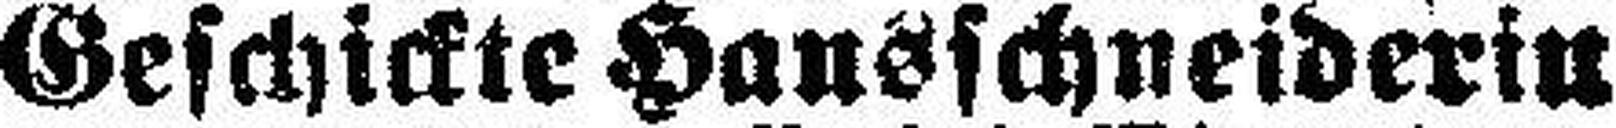
Geschickte Hausschneiderin